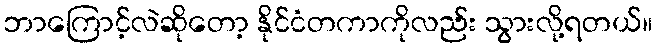
ဘာကြောင့်လဲဆိုတော့ နိုင်ငံတကာကိုလည်း သွားလို့ရတယ်။